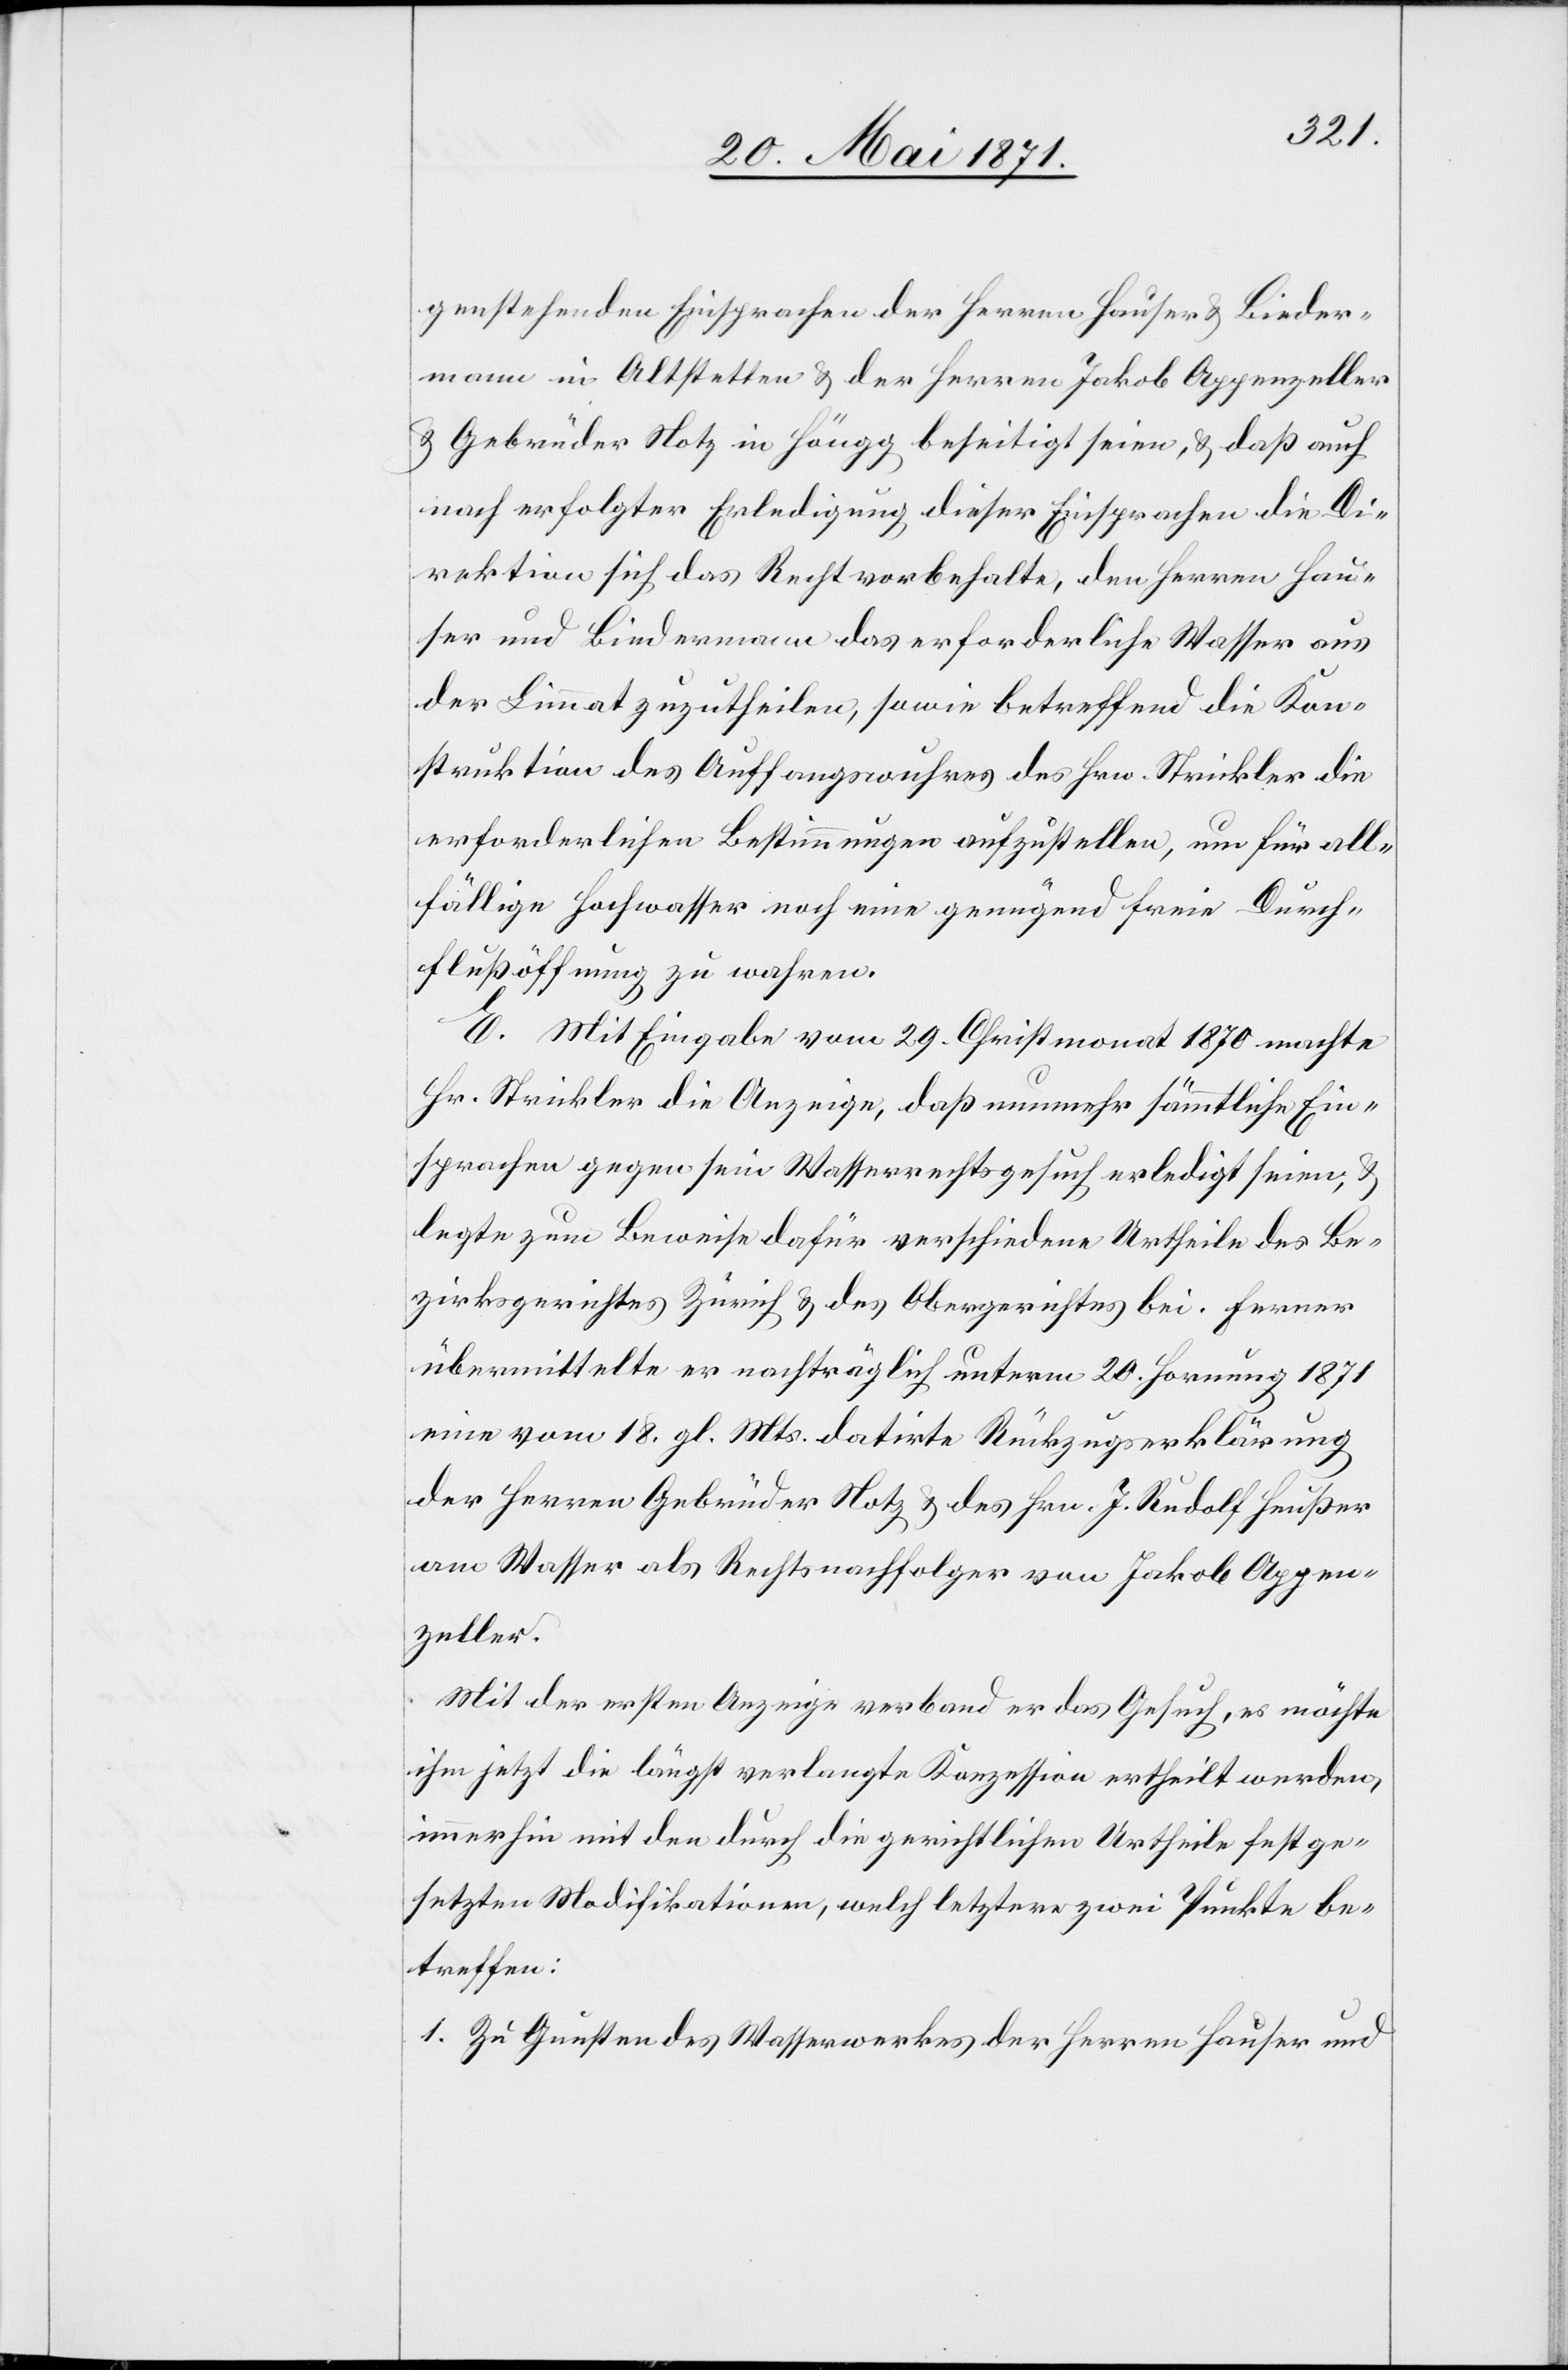
genstehenden Einsprachen der Herren Hauser u. Bieder¬
mann in Altstetten u. der Herren Jakob Appenzeller
u. Gebrüder Notz in Höngg beseitigt seien, u. daß auch
nach erfolgter Erledigung dieser Einsprachen die Di¬
rektion sich das Recht vorbehalte, den Herren Hau¬
ser und Biedermann das erforderliche Wasser aus
der Limmat zuzutheilen, sowie betreffend die Kon¬
struktion des Auffangswuhres des Hrn. Strickler die
erforderlichen Bestimmungen aufzustellen, um für all¬
fällige Hochwasser noch eine genügend freie Durch¬
flußöffnung zu wahren.
E. Mit Eingabe vom 29. Christmonat 1870 machte
Hr. Strickler die Anzeige, daß nunmehr sämmtliche Ein¬
sprachen gegen sein Wasserrechtsgesuch erledigt seien u.
legte zum Beweise dafür verschiedene Urtheile des Be¬
zirksgerichtes Zürich u. des Obergerichts bei. Ferner
übermittelte er nachträglich unterm 20. Hornung 1871
eine vom 18. gl. Mts. datirte Rückzugserklärung
der Herren Gebrüder Notz u. des Hrn. J. Rudolf Heußer
am Wasser als Rechtsnachfolger von Jakob Appen¬
zeller.
Mit der ersten Anzeige verband er das Gesuch, es möchte
ihm jetzt die längst verlangte Konzession ertheilt werden
immerhin mit den durch die gerichtlichen Urtheile festge¬
setzten Modifikationen, welch letztere zwei Punkte be¬
treffen:
1. Zu Gunsten des Wasserwerkes der Herren Hauser und